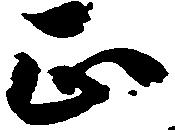
正